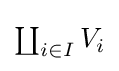
{\textstyle \coprod _{i\in I}V_{i}}